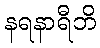
နရနာရီဘိ